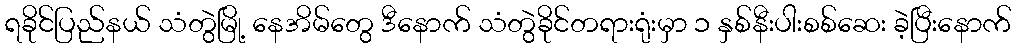
ရခိုင်ပြည်နယ် သံတွဲမြို့ နေအိမ်တွေ ဒီနောက် သံတွဲခိုင်တရားရုံးမှာ ၁ နှစ်နီးပါးစစ်ဆေး ခဲ့ပြီးနောက်